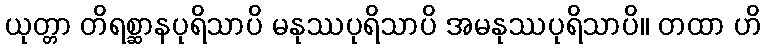
ယုတ္တာ တိရစ္ဆာနပုရိသာပိ မနုဿပုရိသာပိ အမနုဿပုရိသာပိ။ တထာ ဟိ